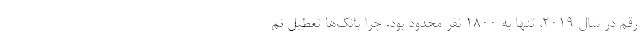
رقم در سال ۲۰۱۹، تنها به ۱۸۰۰ نفر محدود بود. چرا بانک‌ها تعطیل نم